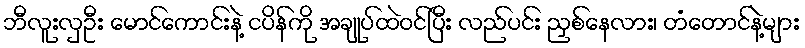
ဘီလူးလှဦး မောင်ကောင်းနဲ့ ငပိန်ကို အချုပ်ထဲဝင်ပြီး လည်ပင်း ညှစ်နေလား၊ တံတောင်နဲ့များ